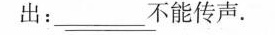
出：___ 不能传声。